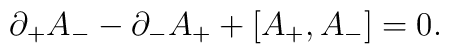
\partial _+A_--\partial _-A_++[A_+, A_-]=0.